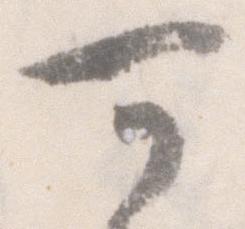
可